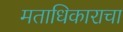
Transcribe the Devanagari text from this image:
मताधिकाराचा